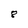
Character: 8